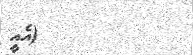
١٧         (އެއީ